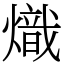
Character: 熾